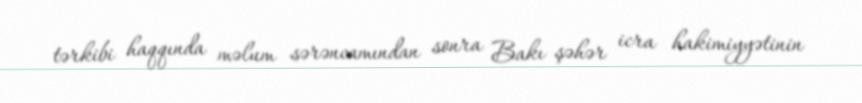
tərkibi haqqında məlum sərəncamından sonra Bakı şəhər icra hakimiyyətinin